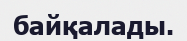
байқалады.